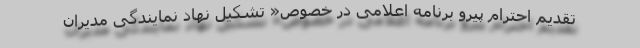
تقدیم احترام پیرو برنامه اعلامی در خصوص« تشکیل نهاد نمایندگی مدیران